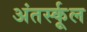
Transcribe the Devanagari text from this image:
अंतर्स्कूल